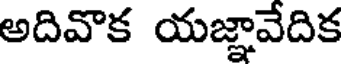
అదివొక యజ్ఞావేదిక